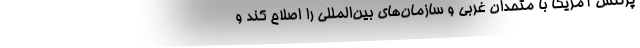
پرتنش آمریکا با متحدان غربی و سازمان‌های بین‌المللی را اصلاح کند و